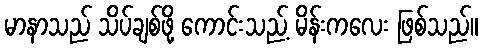
မာနာသည် သိပ်ချစ်ဖို့ ကောင်းသည့် မိန်းကလေး ဖြစ်သည်။